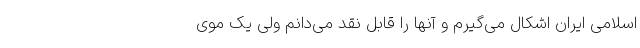
اسلامی ایران اشکال می‌گیرم و آنها را قابل نقد می‌دانم ولی یک موی